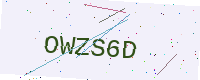
Text: OWZS6D